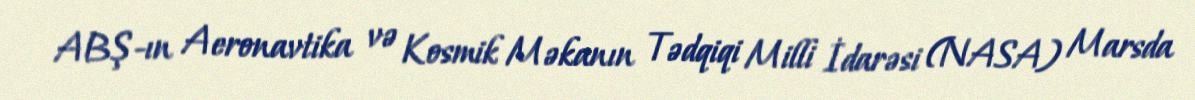
ABŞ-ın Aeronavtika və Kosmik Məkanın Tədqiqi Milli İdarəsi (NASA) Marsda